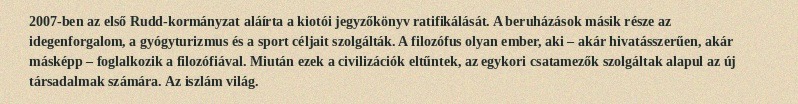
2007-ben az első Rudd-kormányzat aláírta a kiotói jegyzőkönyv ratifikálását. A beruházások másik része az idegenforgalom, a gyógyturizmus és a sport céljait szolgálták. A filozófus olyan ember, aki – akár hivatásszerűen, akár másképp – foglalkozik a filozófiával. Miután ezek a civilizációk eltűntek, az egykori csatamezők szolgáltak alapul az új társadalmak számára. Az iszlám világ.